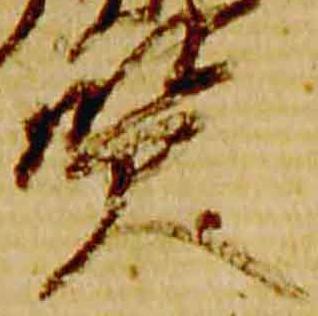
賢